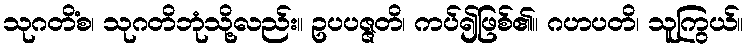
သုဂတိံစ၊ သုဂတိဘုံသို့လည်း။ ဥပပဇ္ဇတိ၊ ကပ်၍ဖြစ်၏။ ဂဟပတိ၊ သူကြွယ်။